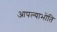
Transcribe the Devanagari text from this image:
आपल्याभोति